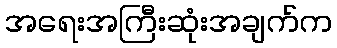
အရေးအကြီးဆုံးအချက်က